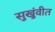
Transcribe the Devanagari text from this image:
सुखुंवीत